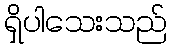
ရှိပါသေးသည်